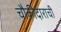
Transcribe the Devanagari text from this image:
चौकीदाराची